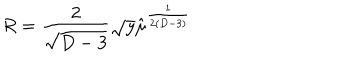
R = { \frac { 2 } { \sqrt { D - 3 } } } \sqrt y \hat { \mu } ^ { \frac { 1 } { 2 ( D - 3 ) } }